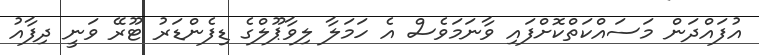
އުފައްދަން މަސައްކަތްކޮށްފައި ވާނަމަވެސް އެ ހަމަލާ ލިވާޕޫލްގެ ޑިފެންޑަރު ޓޫރޭ ވަނީ ދިފާއު